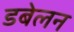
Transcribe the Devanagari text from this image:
डबेलन